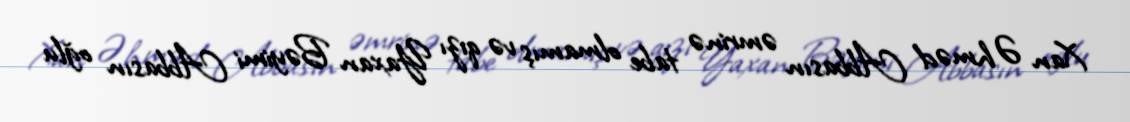
Xan Əhməd Abbasın əmrinə tabe olmamış və qızı Yaxan Bəyimi Abbasın oğlu